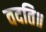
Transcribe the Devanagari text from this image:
वदति॥